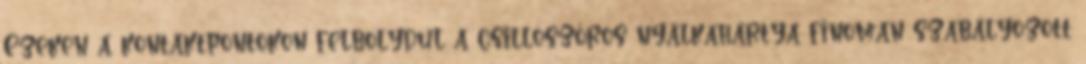
Ezeken a kontaktpontokon felbolydul a csillószőrös nyálkahártya finoman szabályozott